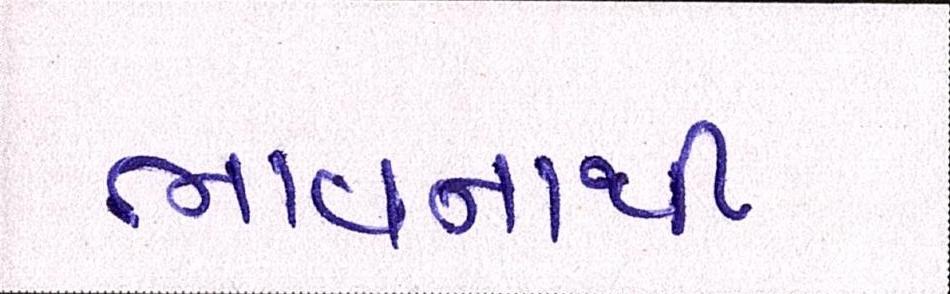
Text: ભાવનાથી